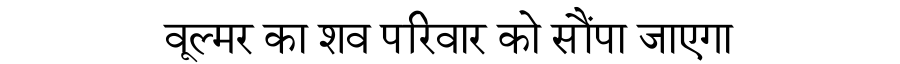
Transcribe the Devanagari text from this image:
वूल्मर का शव परिवार को सौंपा जाएगा